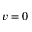
v = 0